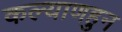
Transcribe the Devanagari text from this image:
कल्याणहुन